Leaving Certificate, 1899
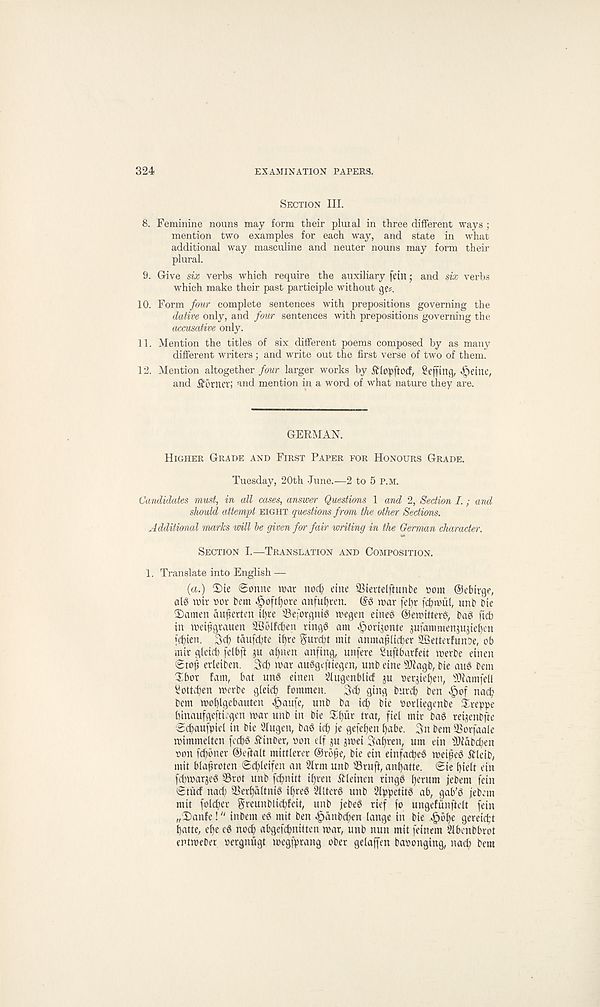
324
EXAMINATION PAPERS.
Section III.
8. Feminine nouns may form their pluial in three different ways ;
mention two examples for each way, and state in what
additional way masculine and neuter nouns may form their
plural.
9. Give six verbs which require the auxiliary fetn; and six verbs
which make their past participle without ge#.
10. Form four complete sentences with prepositions governing the
dative only, and four sentences with prepositions governing the
accusative only.
11. Mention the titles of six different poems composed by as many
different writers; and write out the first verse of two of them.
12. Mention altogether four larger works by ftlcpftocf, Sefftncj, «£)etne,
and Corner; and mention in a word of what nature they are.
GERMAN.
Higher Grade and First Paper for Honours Grade.
Tuesday, 20th June.—2 to 5 p.m.
Candidates must, in all cases, answer Questions 1 and 2, Section I.; and
should attempt eight questions from the other Sections.
Additional marks will be given for fair writing in the German character.
Section I.—Translation and Composition.
1. Translate into English —
(a.) 2)ie ©onne roar nod; dne SSiertelffunbe oom ©ebirge,
alg loir oor bem .§>oftf)ore anfufyren. (Sg war fet)r fd;roul, unb bte
3Damen auferten it)re Sejbrgntg megen eineg ©etoitterg, bag ftcb
in toeifgrauen 2B6lfd;en ringg am ^orijonte jufammenjujief)en
icf)ien. 3d) taufd;te if)re gurd)t mit anmaf liefer SBetterfunoe, ob
mir gleid) felbft a^iten anfing, unfere Suftbarfeit loerbe dnen
Sto^ erleiben. 3^ toar auggdtieqen, unb eine 9)?agb, bie aud bem
Xbor fam, bat ung einen ilugenblid ju oer^iefjen, 9)iamfeU
i l ottcben toerbe gleic^ fommen. 3d) fling burd) ben
nad^
bem voo^lgebauten ^au(e, unb ba id) bie oorliegenbe ireppe
binaufgefticgen war unb in bie $f)ur trat, fiel mir bag rei^enbfte
Scfiaufpiel in bie 2tugen, bag i^> je gefe^en ^abe. 3n bem SSorfaale
wimmdten fed)g 5?inber, oon elf p jtoei 3al)ren, urn ein JJfabcften
oon fd)bner ©eftalt mittlerer @rbfe, bie ein einfaepeg meipeg ftleib,
mit blaproten ©cpleifen an 2lrm unb iBruft, anpatte. <Sie pidt ein
fcptoarjeg 35rot unb [(pnitt ipren Sleinen ringg perum jebem fein
Stud nad) SSerpdltnig ipreg 2lltcrg unb 2lppetitg ab, gab’g jebem
mit foldjer greunbliepfeit, unb jebeg rief fo ungefitnftelt fein
„Danfe! “ inbem eg mit ben ^anbepen lange in bie «§bpe gereiept
patte, epe eg nod) abgefcpnitten toar, unb nun mit feinem Slbenbbrot
enttoeber oergnugt toegfprang ober gdaffen baoonging, nacp bem